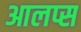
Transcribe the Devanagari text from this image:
आलप्स